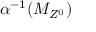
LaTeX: \alpha ^ { - 1 } ( M _ { Z ^ { 0 } } )